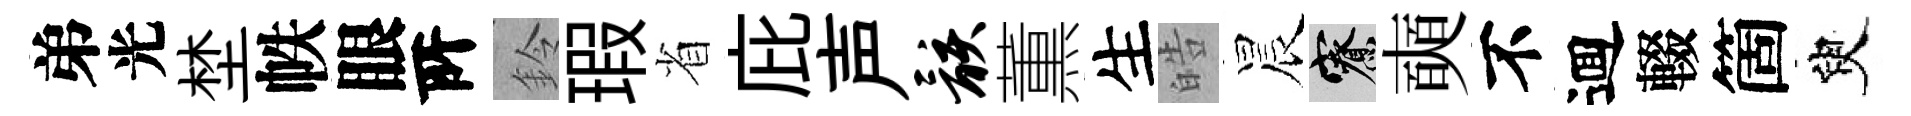
弟光埜帙眼𠩄鈴瑕省庇声骸薫生皓晨寮奭不逥輟箇臾